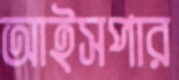
আইসপার